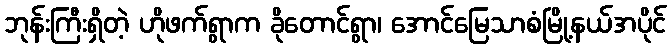
ဘုန်းကြီးရှိတဲ့ ဟိုဖက်ရွာက ခိုတောင်ရွာ၊ အောင်မြေသာစံမြို့နယ်အပိုင်